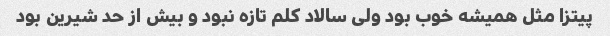
پیتزا مثل همیشه خوب بود ولی سالاد کلم تازه نبود و بیش از حد شیرین بود